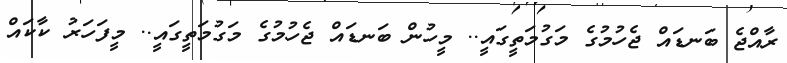
ރާއްޖެ ބަނޑައް ޖެހުމުގެ މަގުމަތީގައީ.. މީހުން ބަނޑައް ޖެހުމުގެ މަގުމަތީގައީ.. މީފަހަރު ކާކައް